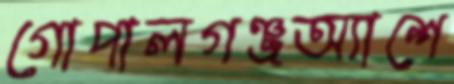
গোপালগঞ্জঅ্যাশে